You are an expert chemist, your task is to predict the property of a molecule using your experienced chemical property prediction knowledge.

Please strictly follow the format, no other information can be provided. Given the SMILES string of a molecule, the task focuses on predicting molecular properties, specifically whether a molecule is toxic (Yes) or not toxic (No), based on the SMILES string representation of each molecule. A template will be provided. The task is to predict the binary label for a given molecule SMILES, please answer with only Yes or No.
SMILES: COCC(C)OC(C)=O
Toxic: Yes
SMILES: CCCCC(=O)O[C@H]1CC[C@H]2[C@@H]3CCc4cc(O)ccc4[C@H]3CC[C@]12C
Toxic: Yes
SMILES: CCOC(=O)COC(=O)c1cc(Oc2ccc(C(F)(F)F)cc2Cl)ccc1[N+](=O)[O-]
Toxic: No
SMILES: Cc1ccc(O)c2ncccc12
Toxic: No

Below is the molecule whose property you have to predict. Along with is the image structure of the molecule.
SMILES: O=S(=O)(O)c1ccc2ccccc2c1
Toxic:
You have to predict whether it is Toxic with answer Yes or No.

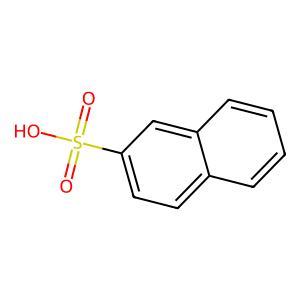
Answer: No